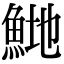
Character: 𬵍